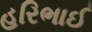
હરિભાઈ